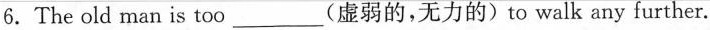
6.The old man is too____________(虚弱的,无力的)to walk any further.